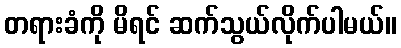
တရားခံကို မိရင် ဆက်သွယ်လိုက်ပါမယ်။